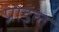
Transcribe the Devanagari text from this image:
प्रोड्ल